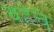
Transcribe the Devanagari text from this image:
वहेंचे